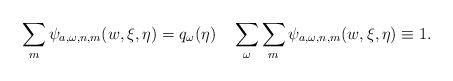
LaTeX: \begin{align*}\sum_{m}\psi_{a,\omega,n,m}(w,\xi,\eta)=q_\omega(\eta)\quad\sum_\omega\sum_{m}\psi_{a,\omega,n,m}(w,\xi,\eta)\equiv 1.\end{align*}